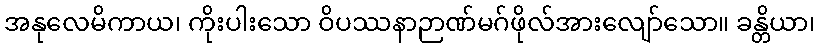
အနုလေမိကာယ၊ ကိုးပါးသော ဝိပဿနာဉာဏ်မဂ်ဖိုလ်အားလျော်သော။ ခန္တိယာ၊